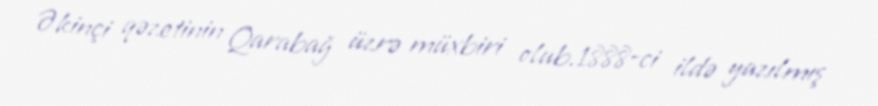
Əkinçi qəzetinin Qarabağ üzrə müxbiri olub.1888-ci ildə yazılmış